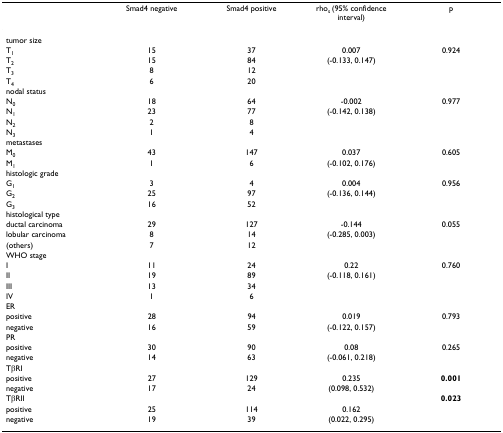
|  | Smad4 negative | Smad4 positive | rhos (95% confidence interval) | p |
 | --- | --- | --- | --- | --- |
 | tumor size |  |  |  |  |
 | T1 | 15 | 37 | 0.007 | 0.924 |
 | T2 | 15 | 84 | (-0.133, 0.147) |  |
 | T3 | 8 | 12 |  |  |
 | T4 | 6 | 20 |  |  |
 | nodal status |  |  |  |  |
 | N0 | 18 | 64 | -0.002 | 0.977 |
 | N1 | 23 | 77 | (-0.142, 0.138) |  |
 | N2 | 2 | 8 |  |  |
 | N3 | 1 | 4 |  |  |
 | metastases |  |  |  |  |
 | M0 | 43 | 147 | 0.037 | 0.605 |
 | M1 | 1 | 6 | (-0.102, 0.176) |  |
 | histologic grade |  |  |  |  |
 | G1 | 3 | 4 | 0.004 | 0.956 |
 | G2 | 25 | 97 | (-0.136, 0.144) |  |
 | G3 | 16 | 52 |  |  |
 | histological type |  |  |  |  |
 | ductal carcinoma | 29 | 127 | -0.144 | 0.055 |
 | lobular carcinoma | 8 | 14 | (-0.285, 0.003) |  |
 | (others) | 7 | 12 |  |  |
 | WHO stage |  |  |  |  |
 | I | 11 | 24 | 0.22 | 0.760 |
 | II | 19 | 89 | (-0.118, 0.161) |  |
 | III | 13 | 34 |  |  |
 | IV | 1 | 6 |  |  |
 | ER |  |  |  |  |
 | positive | 28 | 94 | 0.019 | 0.793 |
 | negative | 16 | 59 | (-0.122, 0.157) |  |
 | PR |  |  |  |  |
 | positive | 30 | 90 | 0.08 | 0.265 |
 | negative | 14 | 63 | (-0.061, 0.218) |  |
 | TβRI |  |  |  |  |
 | positive | 27 | 129 | 0.235 | 0.001 |
 | negative | 17 | 24 | (0.098, 0.532) |  |
 | TβRII |  |  |  | 0.023 |
 | positive | 25 | 114 | 0.162 |  |
 | negative | 19 | 39 | (0.022, 0.295) |  |